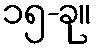
၁၅-ခု။